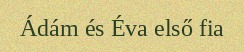
Ádám és Éva első fia